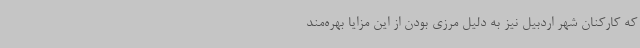
که کارکنان شهر اردبیل نیز به دلیل مرزی بودن از این مزایا بهره‌مند